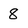
Character: 8